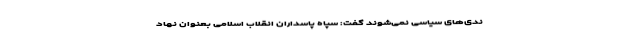
ندی‌های سیاسی نمی‌شوند گفت: سپاه پاسداران انقلاب اسلامی بعنوان نهاد